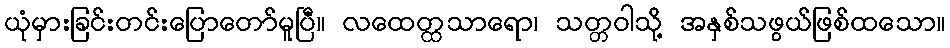
ယုံမှားခြင်းတင်းပြောတော်မူပြီ။ လထေတ္ထသာရော၊ သတ္တဝါသို့ အနှစ်သဖွယ်ဖြစ်ထသော။